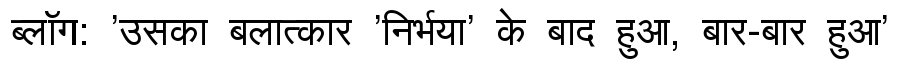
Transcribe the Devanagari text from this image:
ब्लॉग: 'उसका बलात्कार 'निर्भया' के बाद हुआ, बार-बार हुआ'